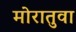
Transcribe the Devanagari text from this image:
मोरातुवा